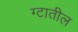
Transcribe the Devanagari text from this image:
ग्टातील